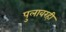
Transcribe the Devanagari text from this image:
पुलावरही